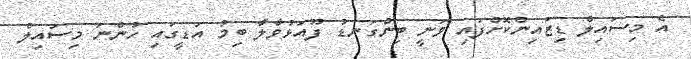
އެ މިސައިލް ޑިޒައިންކޮށްފައި ވަނީ ބިންގަނޑު ފޫއަޅުވާލާ ބިމު އަޑީގައި ހުންނަ މިސައިލް